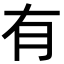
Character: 有